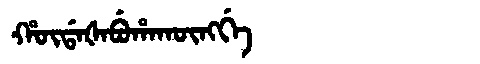
Manchu: ᡥᡡᡩᠠᡧᠠᠪᡠᡥᠠᡴᡡᠩᡤᡝ
Romanization: HŪDAŠABUHAKŪNGGE